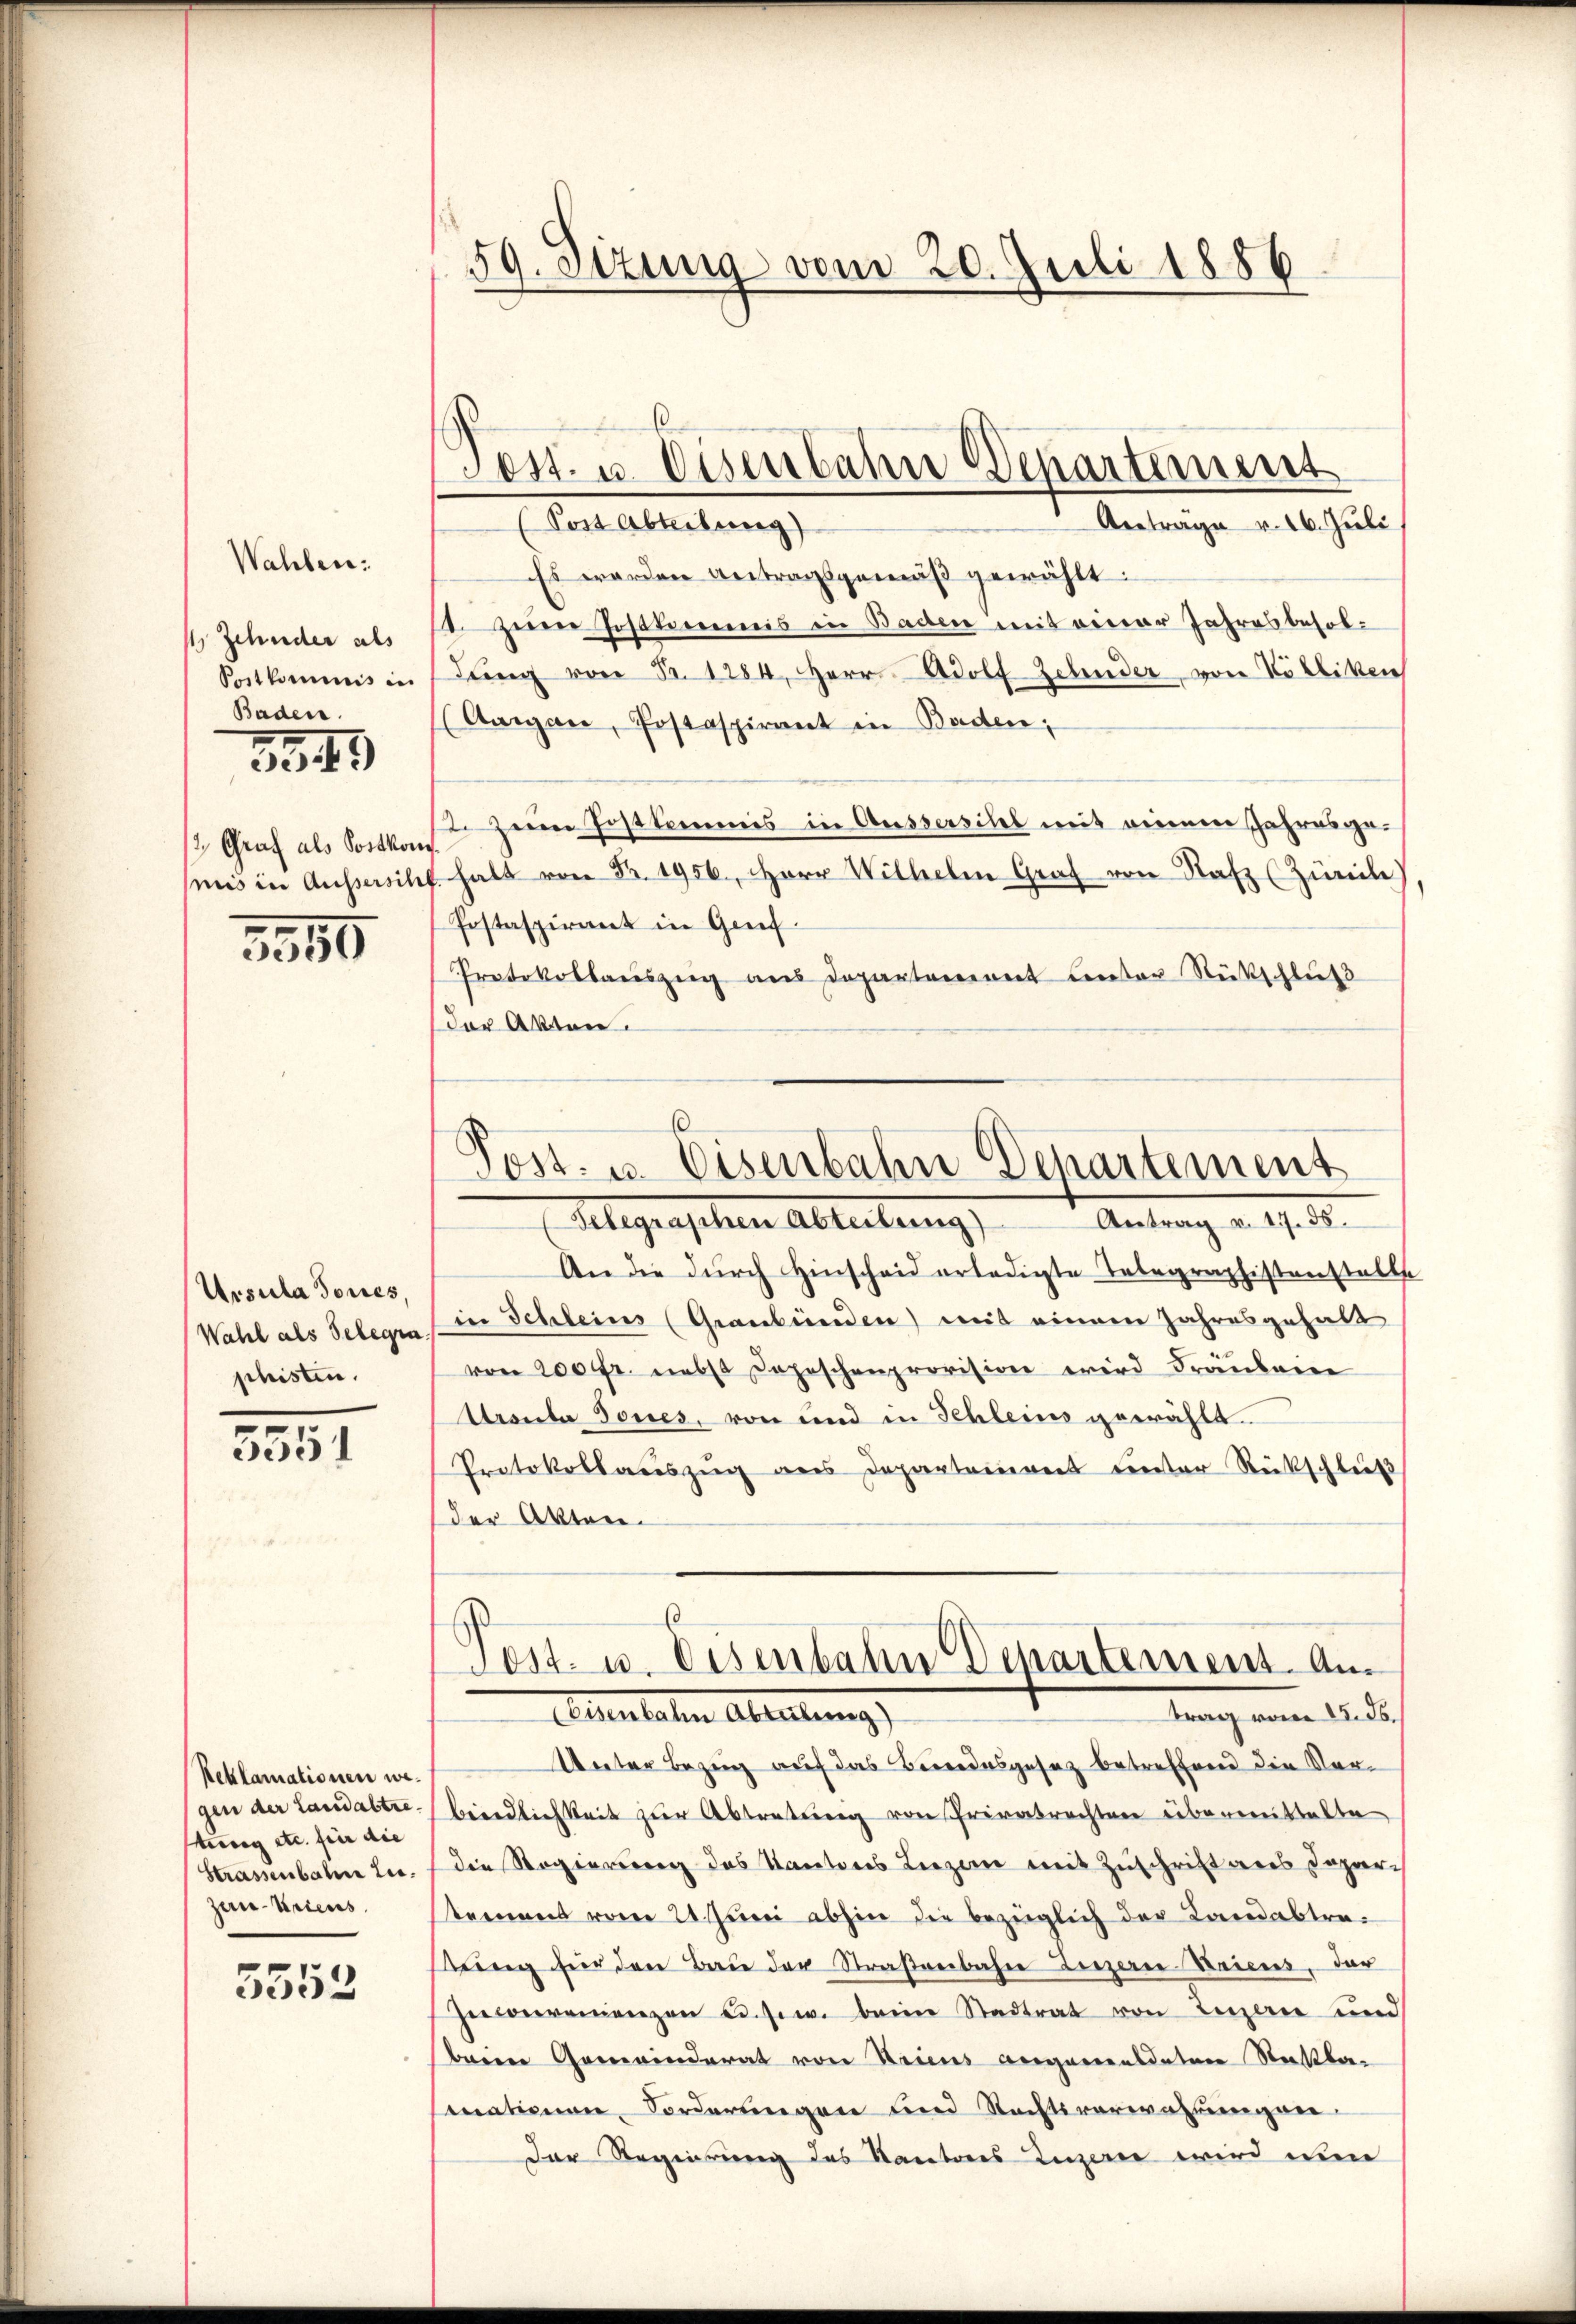
Wahlen:
 Zehnder als
Postkommnis in
Baden.

334

Graf als Sostkom
niis in Aussersch

3550

Ursula dones,
Wahl als Telegrashisten.

.
35

Reklamationen wegen der Landabtre
tweg etc. für die
Strassenbahn zu.
zau-Ariens.

5552

59. Sizung vom 20. Juli 1886

Post. u. Eisenbahn Departement
(Soit Abteilung

Antrage v. 16. Juli
Es werden Antragsgemäß gewählt:
st. zum Postkommnis in Baden mit einer Jahresbesoldŭng von Fr. 1284, Herr Adolf Zehnder, von Kolliken
(Aargau, Postaspirant in Baden,
2 zum Postkommis in Aussersihl mit einem Jahresgehalt von Nr. 1956., Herr Wilhelm Graf von Satz (Zürich
Postaspirant in Genf.
Protokollaŭszŭg ans Departement Leuter Rückschluß
der Akten.

Post- u. Eisenbahn Departement
Aelegenschen Ableitung,
Antrag v. 17. 55.

An die durch Hinscheid erledigte Telegraphistenstell
in Schleins (Graubünden) mit einem Jahresgehalt
von 200 fr. nebst Depeschenprovision wird Fräulare
Ursula dones, von und in Fehleins gewählt.
Protokollaŭszŭg an Departeniret unter Rückschleiß
der Akten.
Unter Bezeig auf das Beredesgesetz betreffend die Verbeindlichkeit zŭr Abtretung von Privatrechten übermittelte
die Regierung des Kantons Liezen mit Zuschrift aus Departement vom 21. Juni abhin die bezüglich der Landabtresŭng für den Bau der Straßenbahre Liezere Briens, der
Inconvenienzen u. s. w. beim Stadtrat von Luzern und
Beiner Gemeinderat von Kriens angerensdaten Rechtba
mnationen, Forderungen und Rechtsverwahrungen
Der Regierung des Kantons Luzerne wird ein

Post- u. Eisenbahn Departement. An
trag vom 15. ds.
Altertaten Abteilung